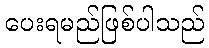
ပေးရမည်ဖြစ်ပါသည်